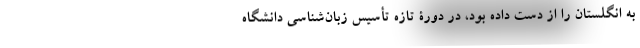
به انگلستان را از دست داده بود، در دورۀ تازه تأسیس زبان‌شناسی دانشگاه